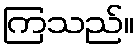
ကြသည်။